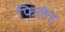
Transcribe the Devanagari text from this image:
फिलेड